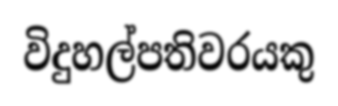
විදුහල්පතිවරයකු